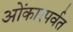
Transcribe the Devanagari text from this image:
ओंकारपर्वत